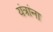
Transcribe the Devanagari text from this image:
यंत्रांना